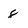
Character: 8